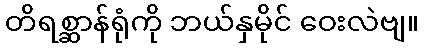
တိရစ္ဆာန်ရုံကို ဘယ်နှမိုင် ဝေးလဲဗျ။